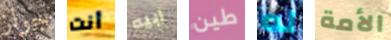
جولز أنت ابيه طين له الأمة